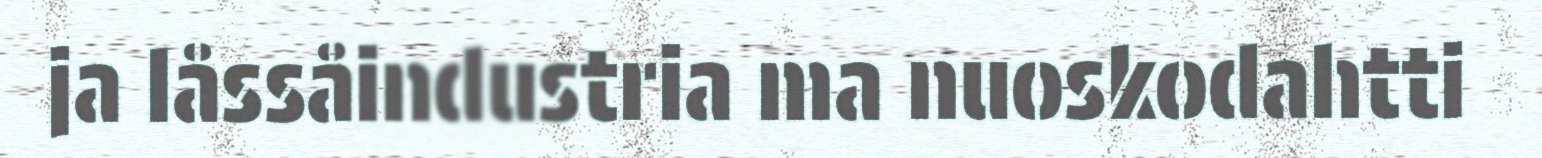
ja låssåindustria ma nuoskodahtti